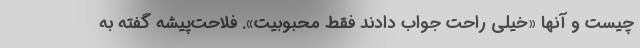
چیست و آنها «خیلی راحت جواب دادند فقط محبوبیت». فلاحت‌پیشه گفته به